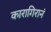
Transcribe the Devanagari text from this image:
कारागिरानं